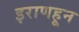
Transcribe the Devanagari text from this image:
इराणहून